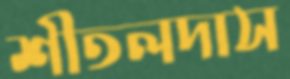
শীতলদাস